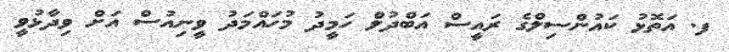
ފ. އަތޮޅު ކައުންސިލްގެ ރައީސް އަބްދުލް ހަމީދު މުހައްމަދު ވީނިއުސް އަށް ވިދާޅުވީ